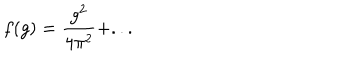
f ( g ) = \frac { g ^ { 2 } } { 4 \pi ^ { 2 } } + . . .